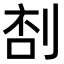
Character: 𠝒